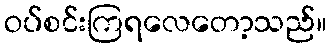
ဝပ်စင်းကြရလေတော့သည်။